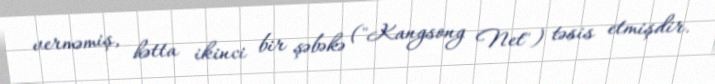
verməmiş, hətta ikinci bir şəbəkə ("Kangsong Net") təsis etmişdir.